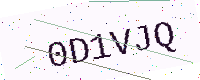
Text: 0D1VJQ